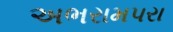
અભરામપરા